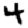
Digit: 4